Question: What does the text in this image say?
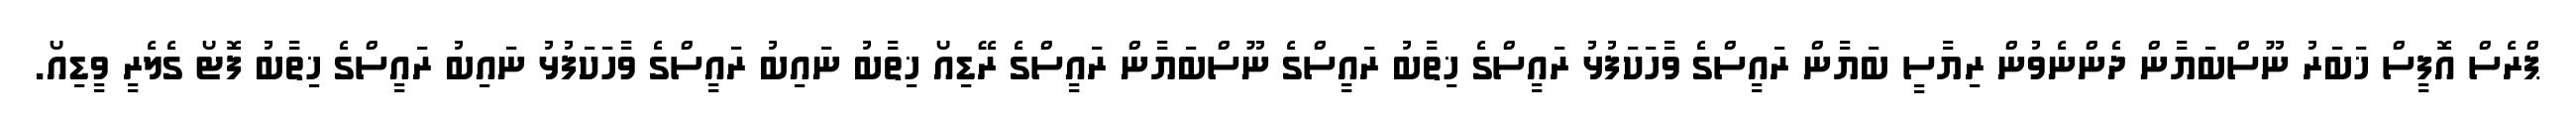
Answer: ޕްރެސް އޮފީސް ޚަބަރު ނޫސްބަޔާން ދެންނެވުން ރިޔާސީ ބަޔާން ރައީސްގެ ވާހަކަފުޅު ރައީސްގެ ޚިތާބު ރައީސްގެ ނޫސްބަޔާން ރައީސްގެ ރޭޑިއޯ ޚިތާބު ނައިބު ރައީސްގެ ވާހަކަފުޅު ނައިބު ރައީސްގެ ޚިތާބު ފޮޓޯ ގެލެރީ ވީޑިއޯ.